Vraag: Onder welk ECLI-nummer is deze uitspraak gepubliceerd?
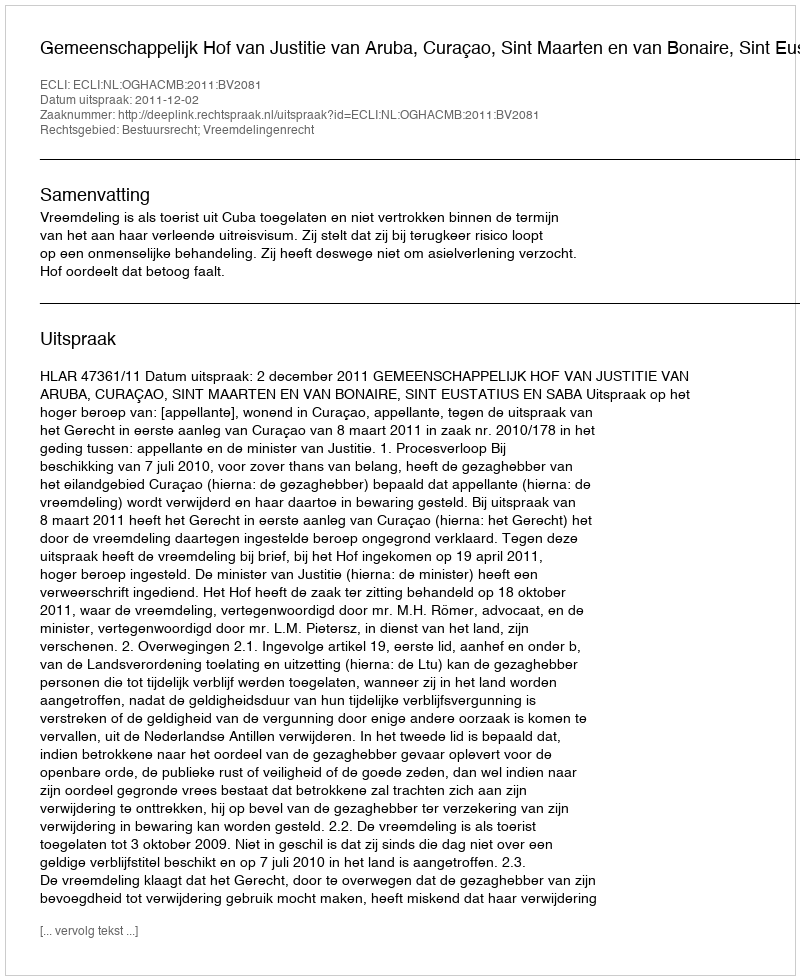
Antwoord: ECLI:NL:OGHACMB:2011:BV2081